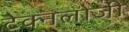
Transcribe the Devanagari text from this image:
टेक्नलोजी